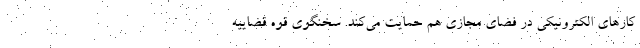
کارهای الکترونیکی در فضای مجازی هم حمایت می‌کند. سخنگوی قوه قضاییه